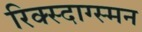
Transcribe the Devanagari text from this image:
रिक्स्दाग्स्मन